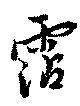
霑